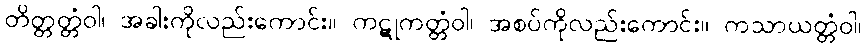
တိတ္တတ္တံဝါ၊ အခါးကိုလည်းကောင်း။ ကဋုကတ္တံဝါ၊ အစပ်ကိုလည်းကောင်း။ ကသာယတ္တံဝါ၊